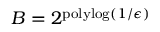
B = 2 ^ { \mathrm { p o l y l o g } ( 1 / \epsilon ) }